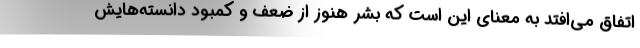
اتفاق می‌افتد به معنای این است که بشر هنوز از ضعف و کمبود دانسته‌هایش